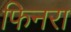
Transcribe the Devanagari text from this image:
फिनरा